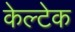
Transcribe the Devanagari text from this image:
केल्टेक